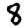
Digit: 8